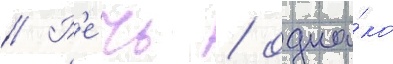
// Р'е́чь / одна́ко